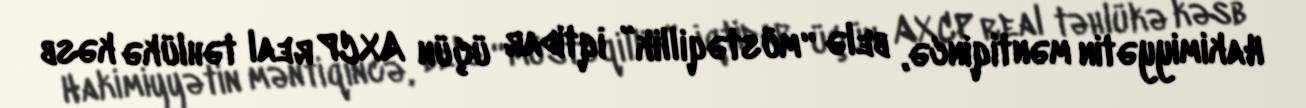
Hakimiyyətin məntiqincə, belə “müstəqillik” iqtidar üçün AXCP real təhlükə kəsb